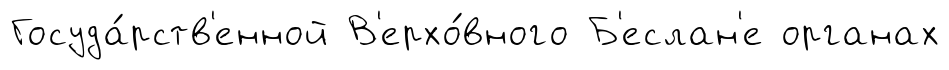
Госуда́рств'енной В'ерхо́вного Б'еслан'е органах